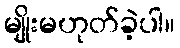
မျိုးမဟုတ်ခဲ့ပါ။